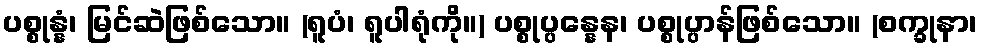
ပစ္စုန္နံ၊ မြင်ဆဲဖြစ်သော။ (ရူပံ၊ ရူပါရုံကို။) ပစ္စုပ္ပန္နေန၊ ပစ္စုပ္ပာန်ဖြစ်သော။ (စက္ခုနာ၊